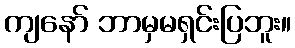
ကျနော် ဘာမှမရှင်းပြဘူး။